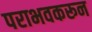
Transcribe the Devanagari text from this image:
पराभवकरून